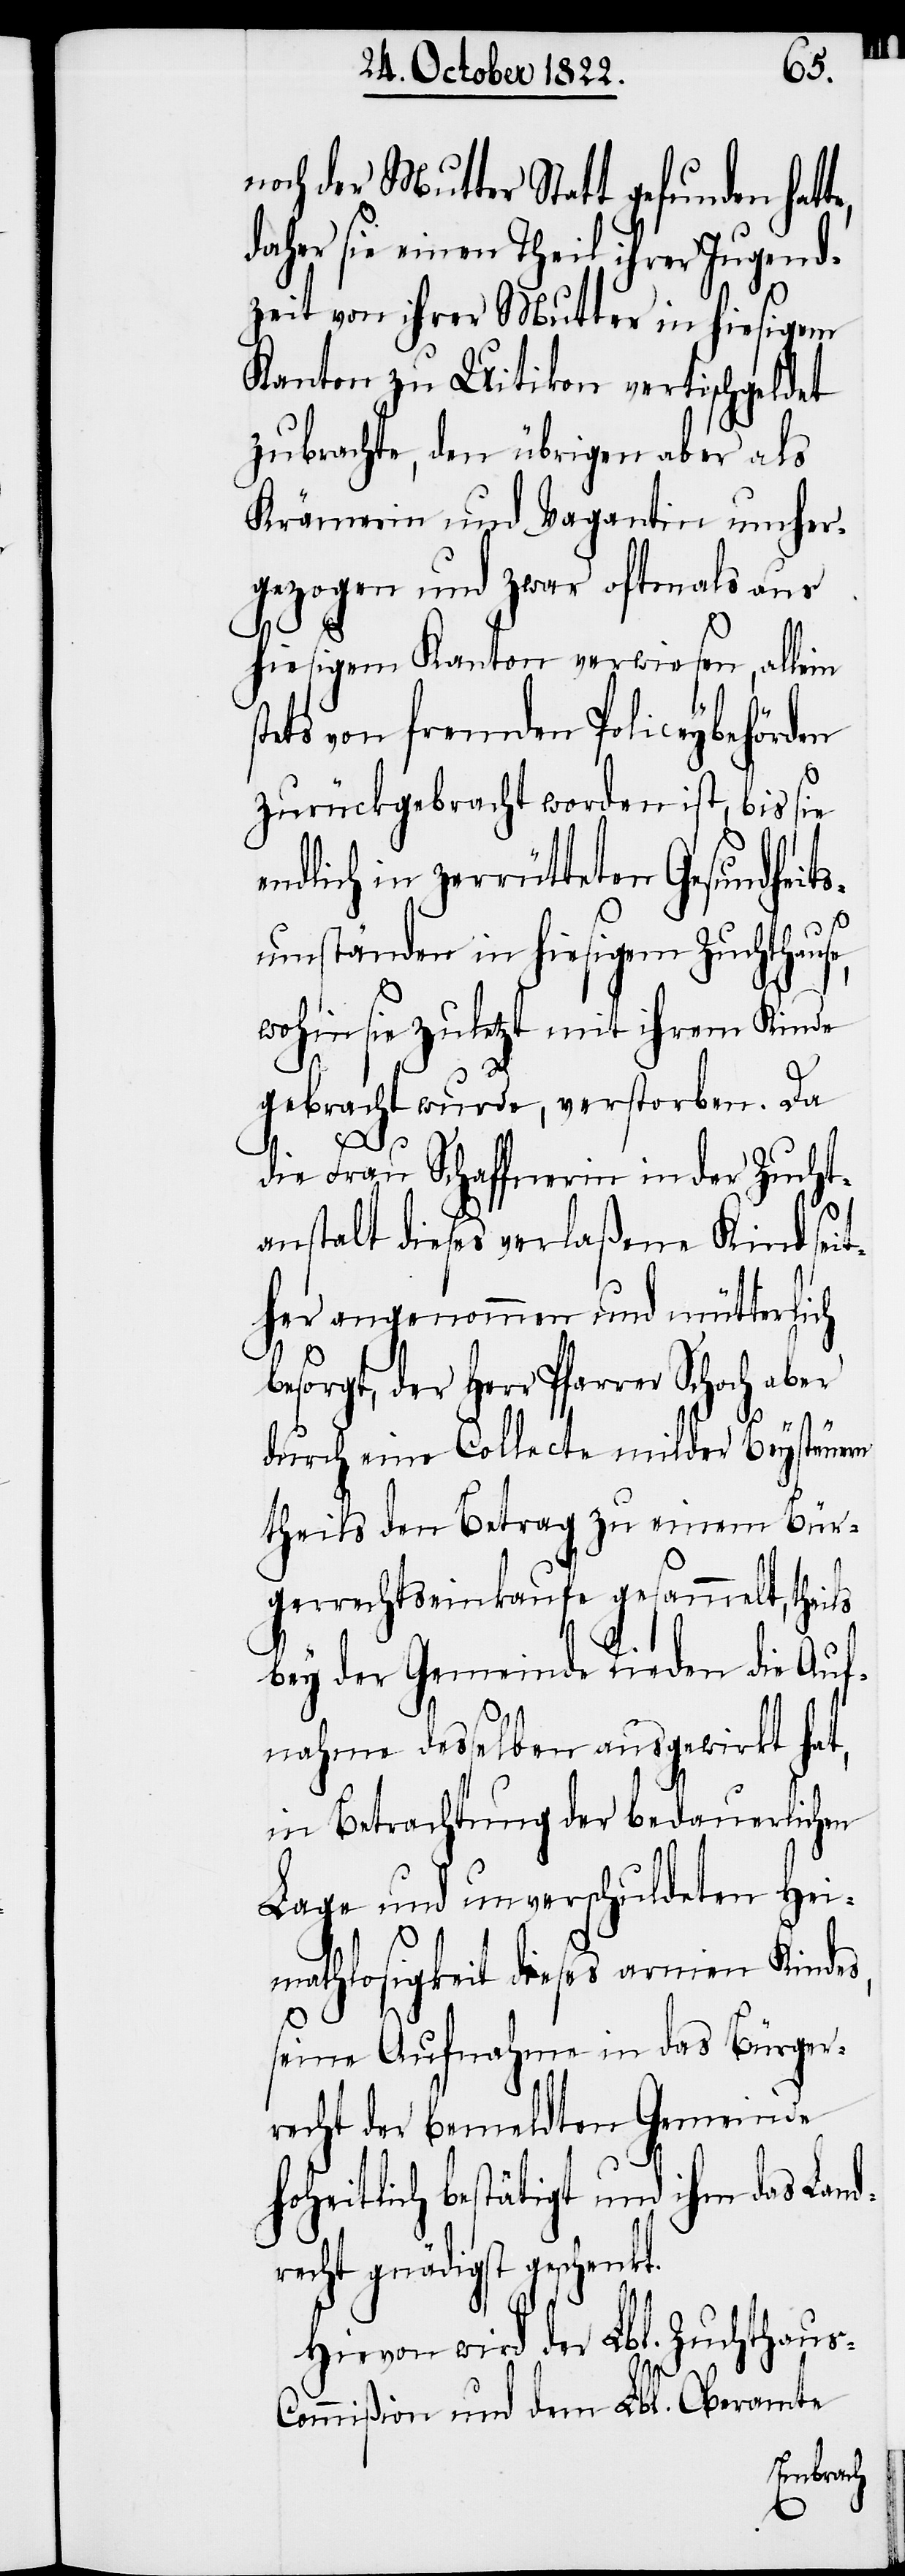
e,

noch der Mutter Statt gefunden hatt¬
daher sie einen Theil ihrer Jugend¬
zeit von ihrer Mutter in hiesigem
Kanton zu Uitikon vertischgeldet
zubrachte, den übrigen aber als
Krämerin und Vagantin umher¬
gezogen und zwar oftmals aus
hiesigem Kanton verwiesen, allein
tets von fremden Policeybehörden
zurückgebracht worden ist, bis sie
ndlich in zerrütteten Gesundheit¬
sumständen in hiesigem Zuchthaus¬
wohin sie zuletzt mit ihrem Kinde
gebracht wurde, verstorben. Da
die Frau Schaffnerin in der Zucht¬
anstalt dieses verlaßene Kind seit¬
her angenommen und mütterlich
besorgt, der Herr Pfarrer Schoch aber
s-C¬
durch eine Collecte milder Beysteuern
theils den Betrag zu einem Bür¬
gerrechtseinkaufe gesammelt, theils
bey der Gemeinde Rieden die Auf¬
nahme desselben ausgewirkt hat,
in Betrachtung der bedauerlichen
Lage und unverschuldeten He¬
imathlosigkeit dieses armen Kindes,
seine Aufnahme in das Bürger¬
recht der bemeldten Gemeinde
hoheitlich bestätigt und ihm das Land¬
recht gnädigst geschenkt.
Hievon wird der Lbl. Zuchthau¬
ommißion und dem Lbl. Oberamte